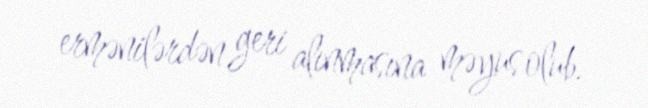
ermənilərdən geri alınmasına məyus olub.